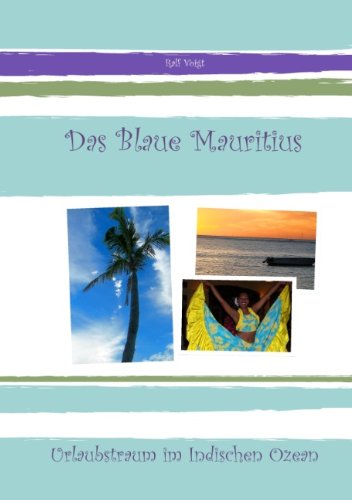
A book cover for Das Blaue Mauritius (German Edition); Ralf Voigt; Travel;